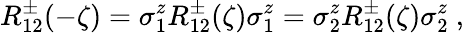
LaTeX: R_{12}^{\pm}(-\zeta)=\sigma_{1}^{z}R_{12}^{\pm}(\zeta)\sigma_{1}^{z}=\sigma_{2}^{z}R_{12}^{\pm}(\zeta)\sigma_{2}^{z}~,